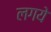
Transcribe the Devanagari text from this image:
लगये